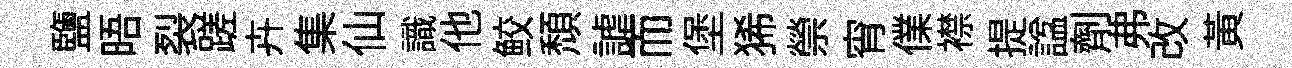
鹽晤裂蹉卉集仙識他鲛頹謔而堡狶禜宵㒒襟提諡劑弗改黄